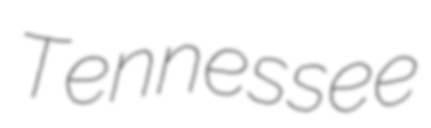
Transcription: Tennessee